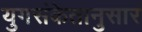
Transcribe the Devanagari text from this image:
युगसंकेतानुसार